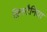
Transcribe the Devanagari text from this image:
क्रिस्टैनिया